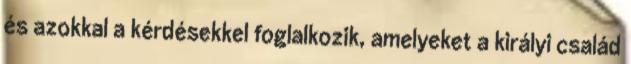
és azokkal a kérdésekkel foglalkozik, amelyeket a királyi család